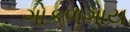
ગોકળગાય